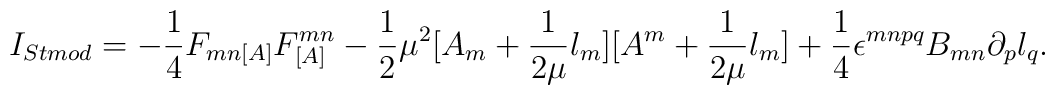
I_{Stmod} = -\frac{1}{4}F_{mn[A]}F^{mn}_{[A]} - \frac{1}{2}\mu^2[A_{m} + \frac{1}{2\mu}l_m][A^{m} + \frac{1}{2\mu}l_m] + \frac{1}{4}\epsilon^{mnpq}B_{mn}\partial_{p}l_q.